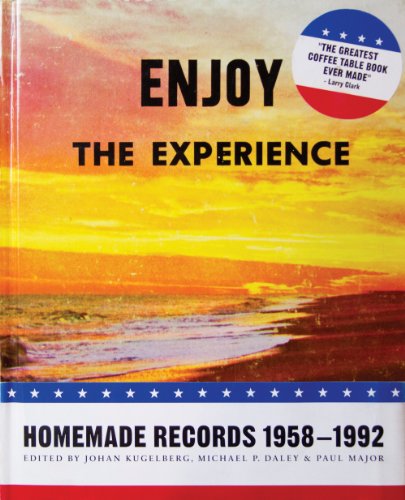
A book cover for Enjoy The Experience: Homemade Records 1958-1992; Gregg Turkington; Crafts, Hobbies & Home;